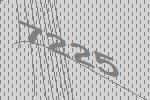
7225